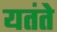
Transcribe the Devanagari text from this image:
यतंते